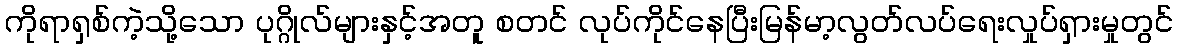
ကိုရာရှစ်ကဲ့သို့သော ပုဂ္ဂိုလ်များနှင့်အတူ စတင် လုပ်ကိုင်နေပြီးမြန်မာ့လွတ်လပ်ရေးလှုပ်ရှားမှုတွင်